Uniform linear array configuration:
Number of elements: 48
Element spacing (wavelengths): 0.75
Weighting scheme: exponential
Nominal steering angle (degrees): -60
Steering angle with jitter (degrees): -61.651
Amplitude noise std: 0.05
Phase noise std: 0.05

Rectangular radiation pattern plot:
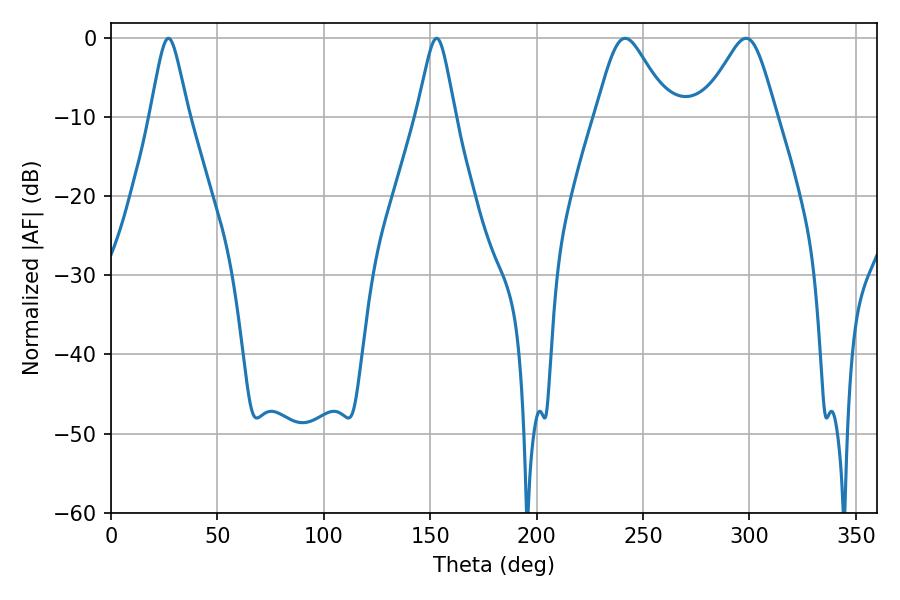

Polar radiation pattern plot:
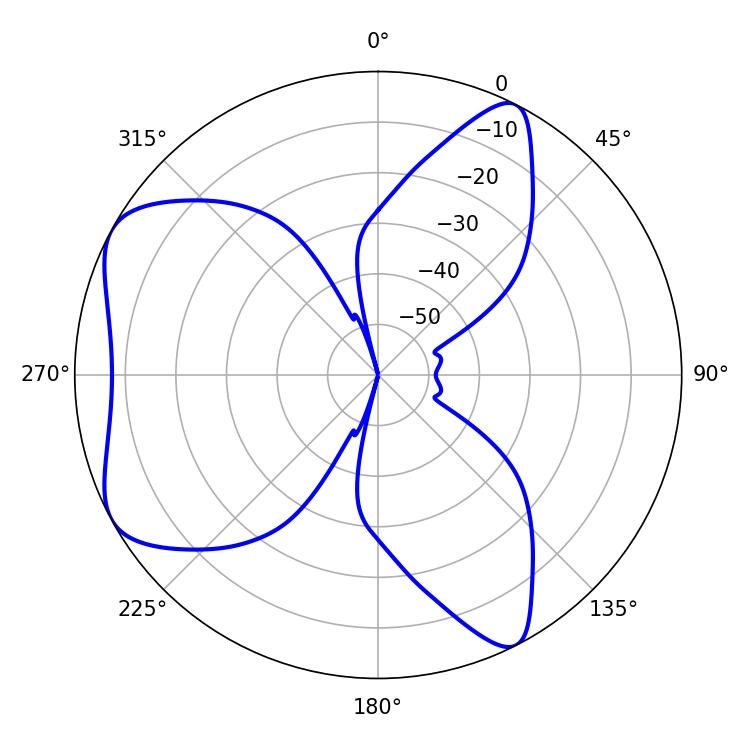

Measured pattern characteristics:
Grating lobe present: TRUE
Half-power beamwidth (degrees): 8.46
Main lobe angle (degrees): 27